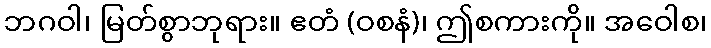
ဘဂဝါ၊ မြတ်စွာဘုရား။ ဧတံ (ဝစနံ)၊ ဤစကားကို။ အဝေါစ၊